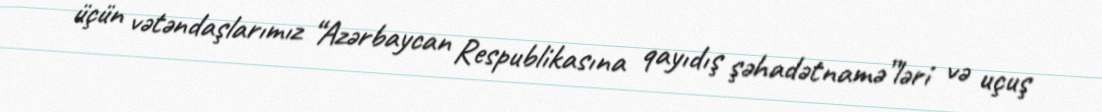
üçün vətəndaşlarımız “Azərbaycan Respublikasına qayıdış şəhadətnamə”ləri və uçuş